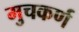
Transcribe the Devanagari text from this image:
मुचकर्ण